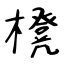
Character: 櫈